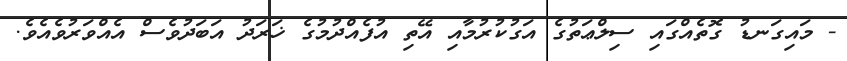
- މައިގަނޑު ގޮތެއްގައި ސިލްޢަތުގެ އަގުކުރުމާއި އޭތި އުފެއްދުމުގެ ޚަރަދު އަބަދުވެސް އެއްވަރުވެއެވެ.